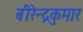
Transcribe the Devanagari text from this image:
बीरेन्द्रकुमार